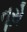
તૂરો